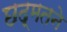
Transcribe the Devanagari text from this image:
छद्मतने